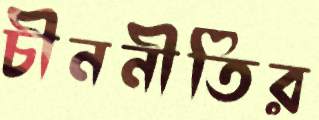
চীননীতির